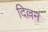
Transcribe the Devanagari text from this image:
दिल्लन